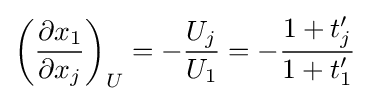
\left({\frac {\partial x_{1}}{\partial x_{j}}}\right)_{U}=-{\frac {U_{j}}{U_{1}}}=-{\frac {1+t'_{j}}{1+t'_{1}}}\;